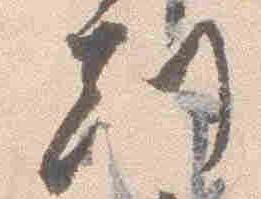
刻